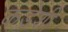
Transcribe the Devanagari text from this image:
कडेशी